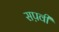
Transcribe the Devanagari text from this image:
सप़वी